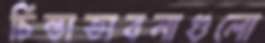
চিন্তাভাবনাগুলো